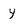
Character: y